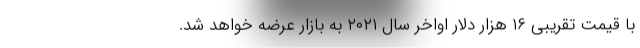
با قیمت تقریبی ۱۶ هزار دلار اواخر سال ۲۰۲۱ به بازار عرضه خواهد شد.